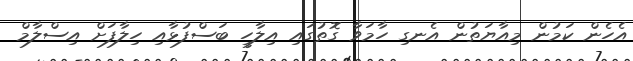
އެހެން ކަމުން މިއާޔަތުން އެނގި ހާމަވާ ގޮތުގައި އިލާހީ ބަސްފުޅާއި ހިލާފަށް އިސްލާމް